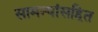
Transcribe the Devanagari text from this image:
सामन्यांसहित